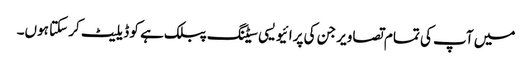
میں آپ کی تمام تصاویر جن کی پرائیویسی سیٹنگ پبلک ہے کو ڈیلیٹ کر سکتا ہوں۔